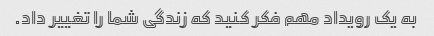
به یک رویداد مهم فکر کنید که زندگی شما را تغییر داد.